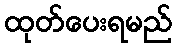
ထုတ်ပေးရမည်